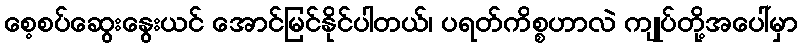
စေ့စပ်ဆွေးနွေးယင် အောင်မြင်နိုင်ပါတယ်၊ ပရတ်ကိစ္စဟာလဲ ကျုပ်တို့အပေါ်မှာ